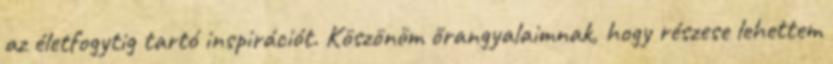
az életfogytig tartó inspirációt. Köszönöm őrangyalaimnak, hogy részese lehettem